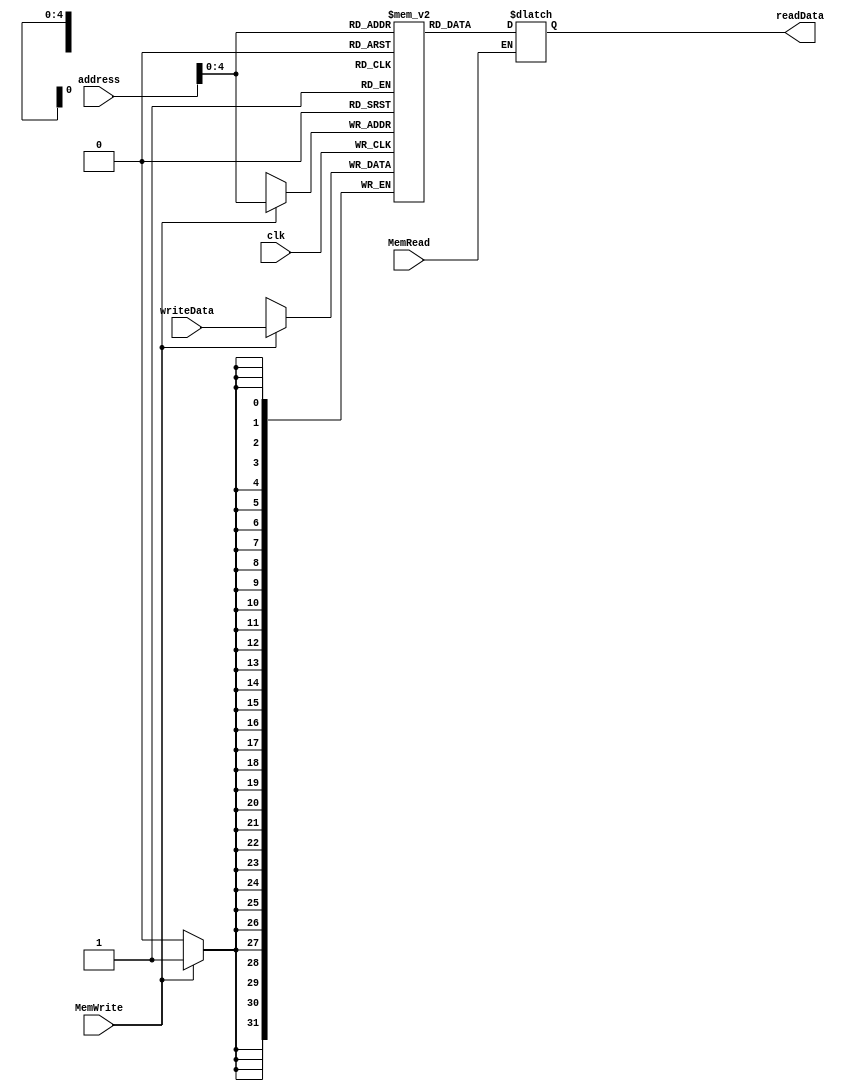
module DataMemory (readData,address,MemWrite,MemRead,writeData,clk);

/* This module is used for modelling the data memory of the mips pipelined processor, where writes and reads take place at the specified address according to the
   control signals that are active */

reg[31:0] dmem [0:31];
input MemWrite,MemRead,clk;
input [31:0] address,writeData;
output reg [31:0] readData;
  
always@(posedge clk) begin
    if(MemWrite==1)
        dmem[address]<=writeData;
end
  
always@(address or MemRead) begin
    if(MemRead==1)
        readData=dmem[address];
      
end

endmodule